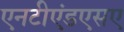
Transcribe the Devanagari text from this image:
एनटीएंडएसए